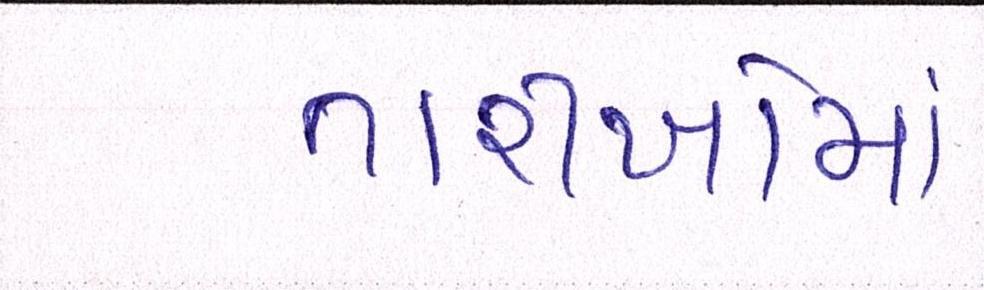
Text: તારીખોમાં